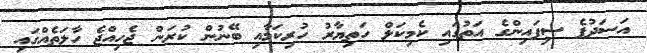
އަސަދުފެ ސިފައިންގެ އަތުގައި ކެމިކަލް ހަތިޔާރު ހުރިކަމާއި ބޭނުން ކުރަން ޖެހިއްޖެ ހާލަތެއްގައި